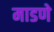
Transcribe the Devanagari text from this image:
माडणे